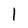
Character: l